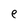
Character: e